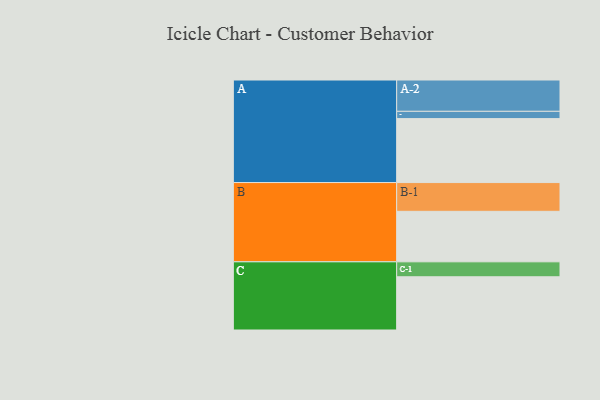
{"axis": {"x": "Segment", "y": "Value"}, "legend": ["", "A", "B", "C"], "data": [{"x": "A", "y": 543, "type": ""}, {"x": "B", "y": 429, "type": ""}, {"x": "C", "y": 452, "type": ""}, {"x": "A-1", "y": 62, "type": "A"}, {"x": "A-2", "y": 266, "type": "A"}, {"x": "B-1", "y": 244, "type": "B"}, {"x": "C-1", "y": 127, "type": "C"}]}